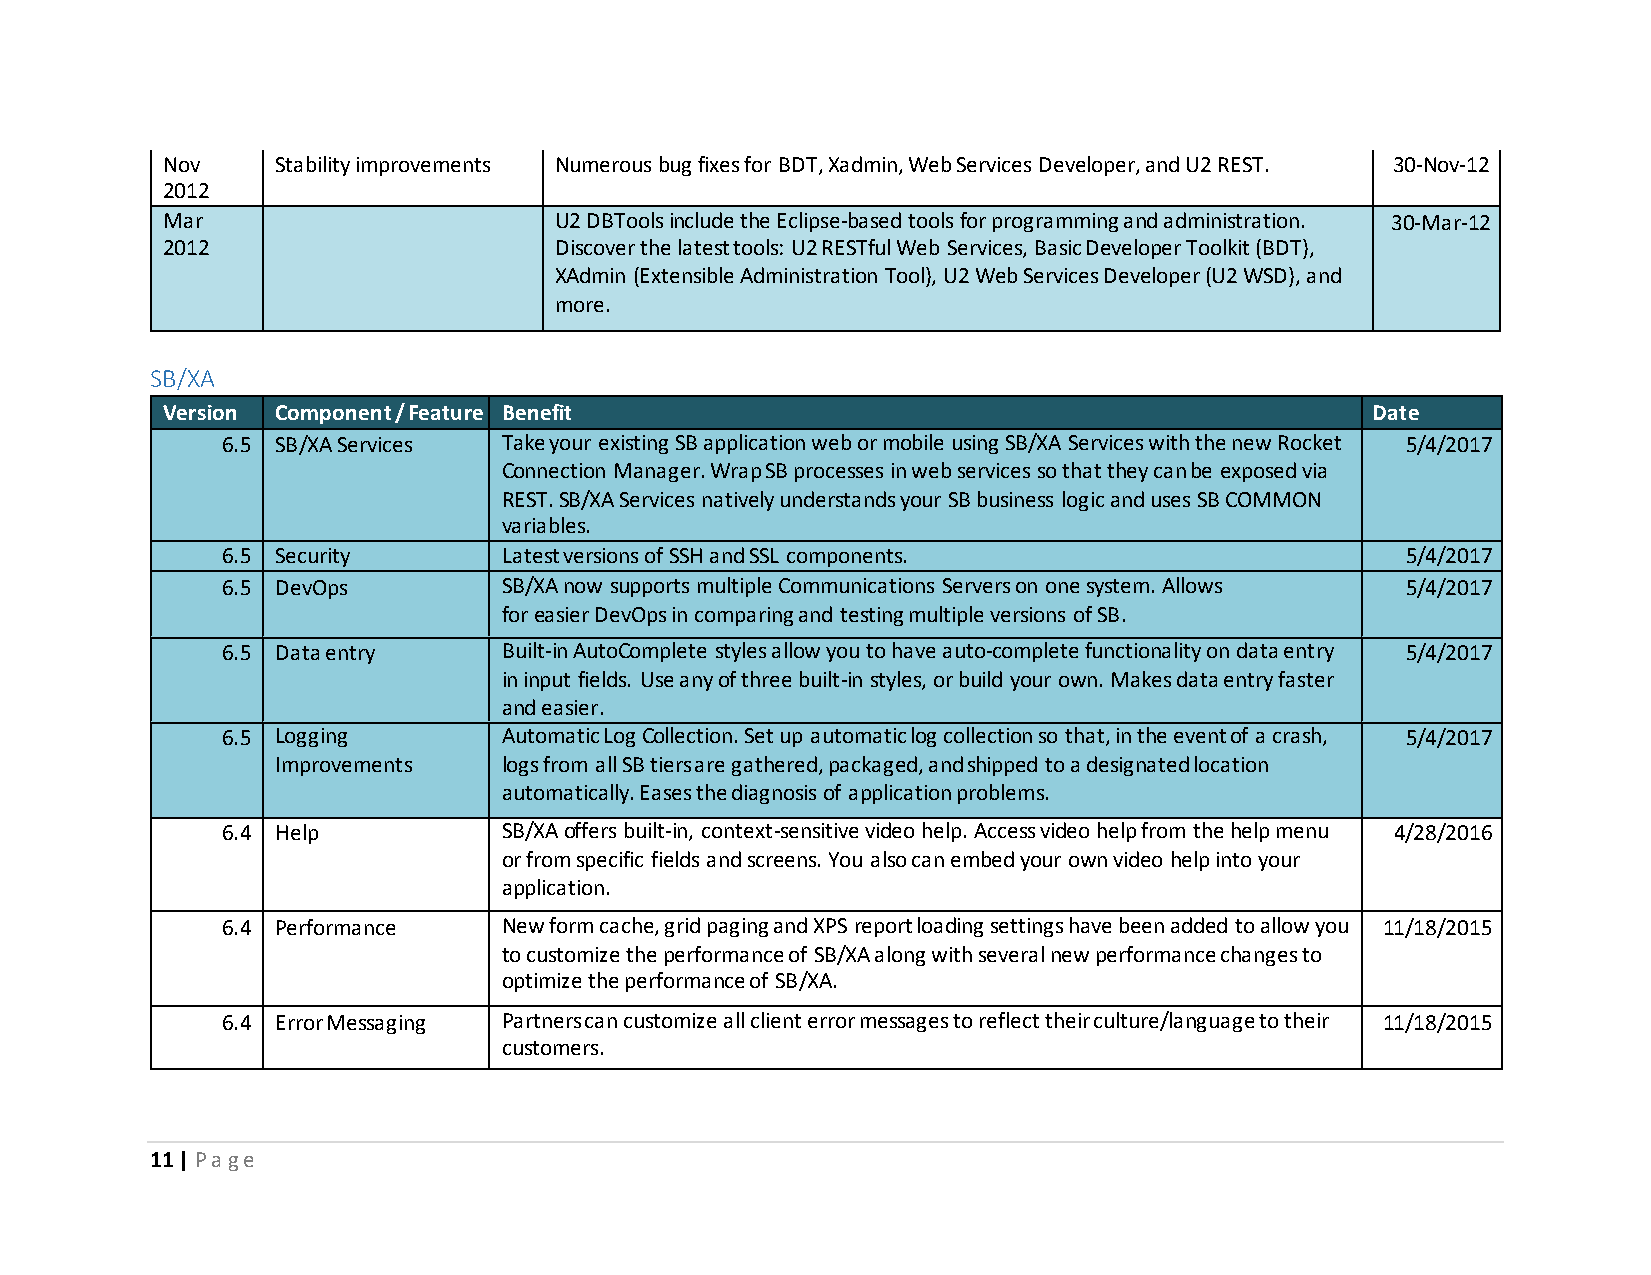
Nov    Stability improvements Numerous bug fixes for BDT, Xadmin, Web Services Developer, and U2 REST. 30-Nov-12
 2012
 Mar                       U2 DBTools include the Eclipse-based tools for programming and administration. 30-Mar-12
 2012                      Discover the latest tools: U2 RESTful Web Services, Basic Developer Toolkit (BDT),
 XAdmin (Extensible Administration Tool), U2 Web Services Developer (U2 WSD), and
 more.
 SB/XA
 Version Component / Feature Benefit                                             Date
 6.5 SB/XA Services Take your existing SB application web or mobile using SB/XA Services with the new Rocket 5/4/2017
 Connection Manager. Wrap SB processes in web services so that they can be exposed via
 REST. SB/XA Services natively understands your SB business logic and uses SB COMMON
 variables.
 6.5 Security      Latest versions of SSH and SSL components.                  5/4/2017
 6.5 DevOps        SB/XA now supports multiple Communications Servers on one system. Allows 5/4/2017
 for easier DevOps in comparing and testing multiple versions of SB.
 6.5 Data entry    Built-in AutoComplete styles allow you to have auto-complete functionality on data entry 5/4/2017
 in input fields. Use any of three built-in styles, or build your own. Makes data entry faster
 and easier.
 6.5 Logging       Automatic Log Collection. Set up automatic log collection so that, in the event of a crash, 5/4/2017
 Improvements   logs from all SB tiers are gathered, packaged, and shipped to a designated location
 automatically. Eases the diagnosis of application problems.
 6.4 Help          SB/XA offers built-in, context-sensitive video help. Access video help from the help menu 4/28/2016
 or from specific fields and screens. You also can embed your own video help into your
 application.
 6.4 Performance   New form cache, grid paging and XPS report loading settings have been added to allow you 11/18/2015
 to customize the performance of SB/XA along with several new performance changes to
 optimize the performance of SB/XA.
 6.4 Error Messaging Partners can customize all client error messages to reflect their culture/language to their 11/18/2015
 customers.
 11 | P a g e